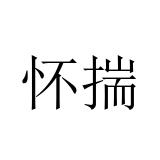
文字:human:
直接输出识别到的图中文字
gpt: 怀揣